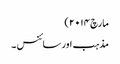
مارچ ۲۰۱۴)
مذہب اور سائنس ۔